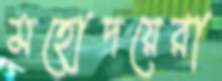
মহোদয়েরা